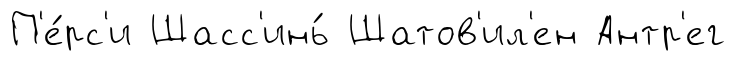
П'е́рс'и Шасс'инь́ Шатов'ил'ен Антр'ег